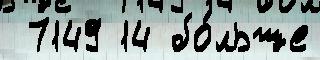
 7149 14 бо́льше